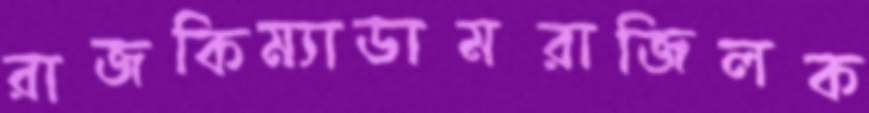
রাজকিম্যাডামরাজিলক